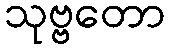
သုဗ္ဗတော